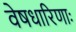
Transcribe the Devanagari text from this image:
वेषधारिणाः